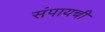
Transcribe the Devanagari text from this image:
संपायची